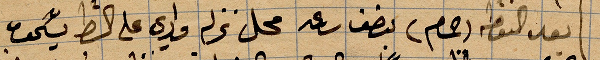
بعد النقطة (حمام) بنصف رعد محل نزلة وادي على الشط يسحق